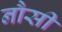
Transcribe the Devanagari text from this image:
नौसी